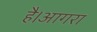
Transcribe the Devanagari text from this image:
है।आगरा